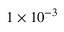
1 \times 1 0 ^ { - 3 }